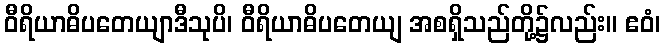
ဝီရိယာဓိပတေယျာဒီသုပိ၊ ဝီရိယာဓိပတေယျ အစရှိသည်တို့၌လည်း။ ဧဝံ၊